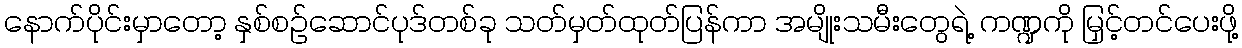
နောက်ပိုင်းမှာတော့ နှစ်စဉ်ဆောင်ပုဒ်တစ်ခု သတ်မှတ်ထုတ်ပြန်ကာ အမျိုးသမီးတွေရဲ့ ကဏ္ဍကို မြှင့်တင်ပေးဖို့